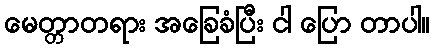
မေတ္တာတရား အခြေခံပြီး ငါ ပြော တာပါ။